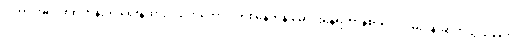
ဒါဟာ အရင် ၈၈ တုန်းက ရေးနဲ့ထားဝယ်ကိုတောင် တစ်နေကုန် မောင်းနေရတာနဲ့စာရင် လမ်းပန်းဆက်သွယ်ရေး